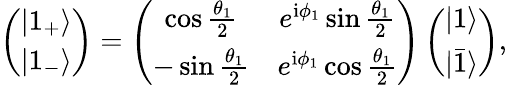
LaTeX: \left(\begin{array}{c}{|1_{+}\rangle}\\ {|1_{-}\rangle}\end{array}\right)=\left(\begin{array}{cc}{\cos\frac{\theta_{1}}{2}}&{e^{\textrm{i}\phi_{1}}\sin\frac{\theta_{1}}{2}}\\ {-\sin\frac{\theta_{1}}{2}}&{e^{\textrm{i}\phi_{1}}\cos\frac{\theta_{1}}{2}}\end{array}\right)\left(\begin{array}{c}{|1\rangle}\\ {|\bar{1}\rangle}\end{array}\right),